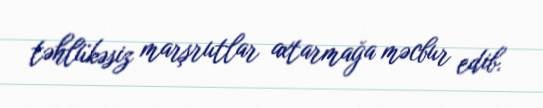
təhlükəsiz marşrutlar axtarmağa məcbur edib.